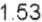
1.53